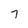
Character: 7